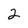
Character: 2